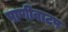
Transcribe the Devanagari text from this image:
पाणीवाटप